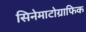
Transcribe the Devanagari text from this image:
सिनेमाटोग्राफिक